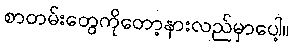
စာတမ်းတွေကိုတော့နားလည်မှာပေါ့။